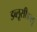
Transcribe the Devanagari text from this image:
डब्लूसीडब्लू